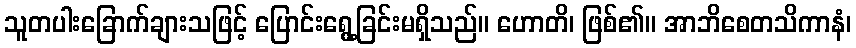
သူတပါးခြောက်ချားသဖြင့် ပြောင်းရွေ့ခြင်းမရှိသည်။ ဟောတိ၊ ဖြစ်၏။ အာဘိစေတသိကာနံ၊